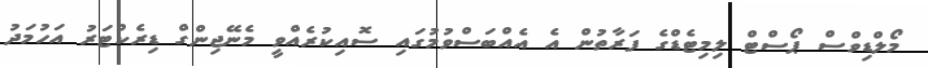
މޯލްޑިވްސް ޕޯސްޓް ލިމިޓެޑްގެ ފަރާތުން އެ އެއްބަސްވުމުގައި ސޮއިކުރެއްވީ މެނޭޖިންގް ޑިރެކްޓަރު އަހުމަދު